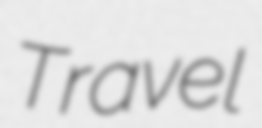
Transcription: Travel